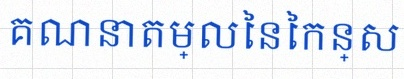
គណនាតម្លៃនៃកន្សោម